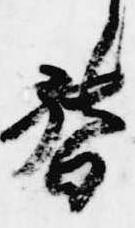
督